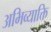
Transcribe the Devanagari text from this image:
अभिव्याक्ति